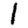
Digit: 1